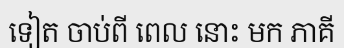
ទៀត ចាប់ពី ពេល នោះ មក ភាគី